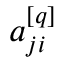
a _ { j i } ^ { [ q ] }